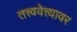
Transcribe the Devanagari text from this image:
तत्त्ववेत्त्यावर